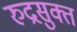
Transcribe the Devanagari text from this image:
रुद्रसुक्त